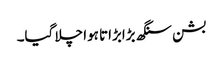
بشن سنگھ بڑابڑاتا ہوا چلا گیا۔